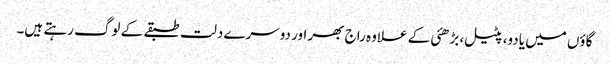
گاؤں میں یادو، پٹیل، بڑھئی کے علاوہ راج بھر اور دوسرے دلت طبقے کے لوگ رہتے ہیں۔